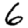
Digit: 6